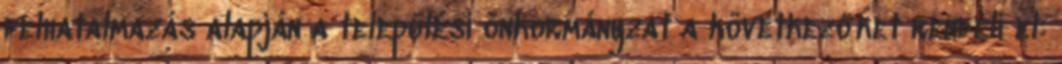
felhatalmazás alapján a települési önkormányzat a következőket rendeli el: